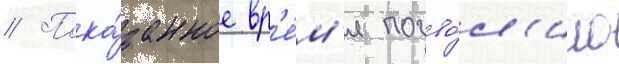
// Пока́занное вр'е́м'я позво́л'ило